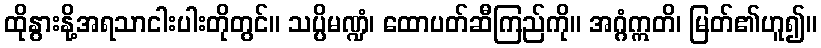
ထိုနွားနို့အရသာငါးပါးတိုတွင်။ သပ္ပိမဏ္ဍံ၊ ထောပတ်ဆီကြည်ကို။ အဂ္ဂံဣတိ၊ မြတ်၏ဟူ၍။